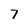
Character: 7